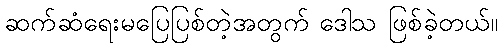
ဆက်ဆံရေးမပြေပြစ်တဲ့အတွက် ဒေါသ ဖြစ်ခဲ့တယ်။